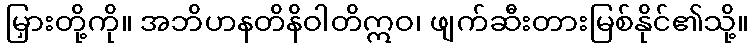
မြှားတို့ကို။ အဘိဟနတိနိဝါတိဣဝ၊ ဖျက်ဆီးတားမြစ်နိုင်၏သို့။